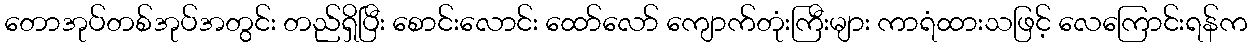
တောအုပ်တစ်အုပ်အတွင်း တည်ရှိပြီး စောင်းလောင်း ထော်လော် ကျောက်တုံးကြီးများ ကာရံထားသဖြင့် လေကြောင်းရန်က